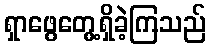
ရှာဖွေတွေ့ရှိခဲ့ကြသည်